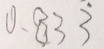
0 . 8 3 \dot { 3 }